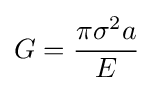
G={\frac {\pi \sigma ^{2}a}{E}}